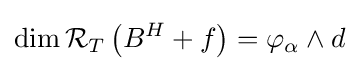
\dim {\mathcal {R}}_{T}\left(B^{H}+f\right)=\varphi _{\alpha }\wedge d